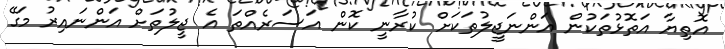
އޮތިޔާ އަތޮޅުތަކުން އަންނަޖީލުތަކަށް ކުރާނީ ކޮން އަސަރެއްތަ އެ ޖީލުތަށް އަންނައިރު މަގޭ